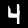
Label: 4